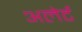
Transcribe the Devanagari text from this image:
अलेर्ट